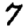
Digit: 7